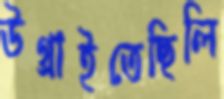
উগ্‌রাইতেছিলি